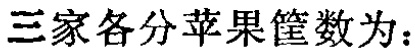
三家各分苹果筐数为：